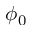
\phi _ { 0 }